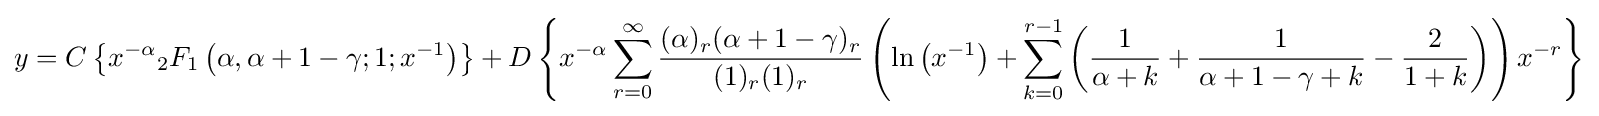
y=C\left\{x^{-\alpha }{}_{2}F_{1}\left(\alpha ,\alpha +1-\gamma ;1;x^{-1}\right)\right\}+D\left\{x^{-\alpha }\sum _{r=0}^{\infty }{\frac {(\alpha )_{r}(\alpha +1-\gamma )_{r}}{(1)_{r}(1)_{r}}}\left(\ln \left(x^{-1}\right)+\sum _{k=0}^{r-1}\left({\frac {1}{\alpha +k}}+{\frac {1}{\alpha +1-\gamma +k}}-{\frac {2}{1+k}}\right)\right)x^{-r}\right\}